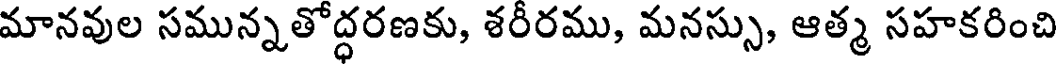
మానవుల సమున్నతోద్ధరణకు, శరీరము, మనస్సు, ఆత్మ సహకరించి